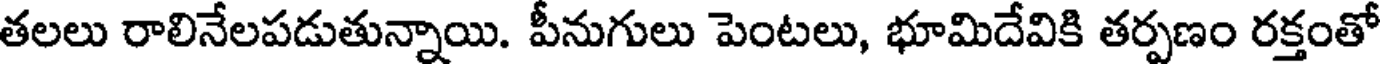
తలలు రాలినేలపడుతున్నాయి. పీనుగులు పెంటలు, భూమిదేవికి తర్పణం రక్తంతో